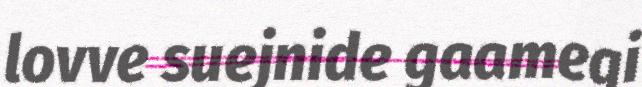
lovve suejnide gaamegi